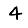
Digit: 4